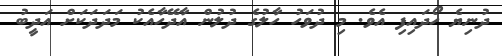
ދުނިޔެ ހޯދައިފި އެވެ. މި ދުވަހު ހާލުގެ ދުލުން އާދޭހާއެކު މަދަދަކަށް އަދީބު